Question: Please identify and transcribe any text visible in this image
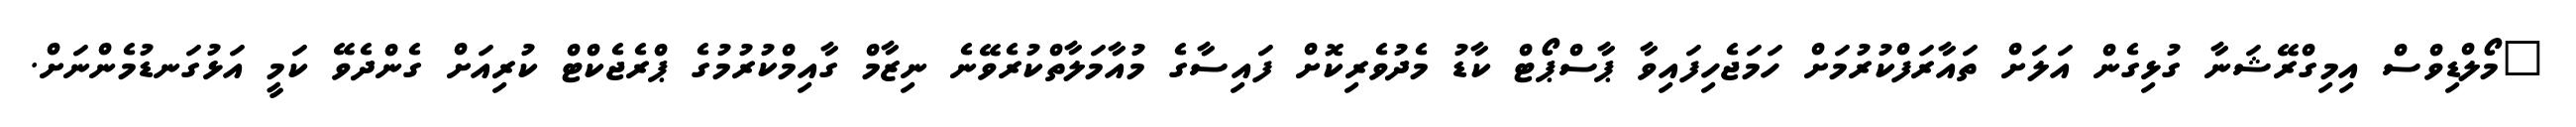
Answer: "މޯލްޑިވްސް އިމިގްރޭޝަނާ ގުޅިގެން އަލަށް ތައާރަފްކުރުމަށް ހަމަޖެހިފައިވާ ޕާސްޕޯޓް ކާޑު މެދުވެރިކޮށް ފައިސާގެ މުއާމަލާތްކުރެވޭނެ ނިޒާމް ގާއިމްކުރުމުގެ ޕްރެޖެކްޓް ކުރިއަށް ގެންދެވޭ ކަމީ އަޅުގަނޑުމެންނަށް.